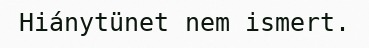
Hiánytünet nem ismert.